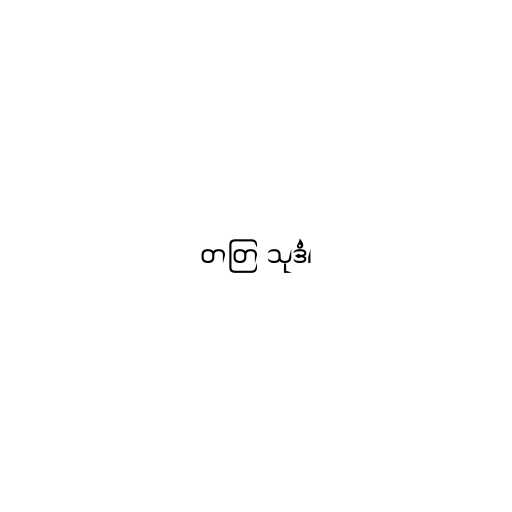
တတြ သုဒံ၊